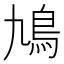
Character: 鳩